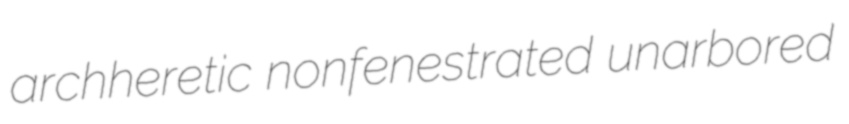
archheretic nonfenestrated unarbored